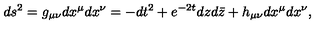
d s ^ { 2 } = g _ { \mu \nu } d x ^ { \mu } d x ^ { \nu } = - d t ^ { 2 } + e ^ { - 2 t } d z d \bar { z } + h _ { \mu \nu } d x ^ { \mu } d x ^ { \nu } ,